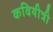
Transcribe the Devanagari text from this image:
कवियीत्री